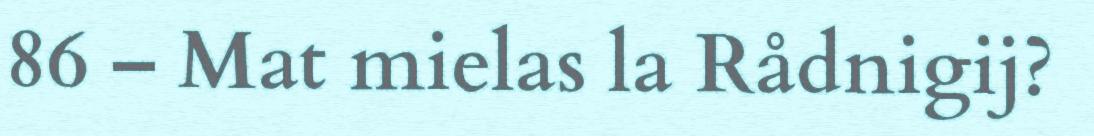
86 – Mat mielas la Rådnigij?